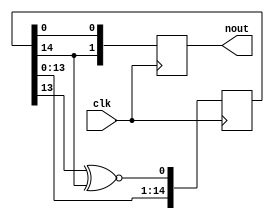
// Fibonacci LFSR with 2 feedback terms 
// and two outputs 
module lfsr_f2 #(parameter MSB=15,
				 parameter TAP2=14,
				 parameter INIT=1) ( 
	input clk,
	output reg[1:0] nout			
);
	reg	[MSB-1:0]out;
	initial	out = INIT;
always @ (posedge clk) begin
	begin
		out[MSB-1:1] <= out[MSB-2:0];
		out[0] <= (out[TAP2-1] ~^ out[MSB-1]); 
		nout[0] = out[0];	
		nout[1] = out[MSB-1];
	end
end
endmodule